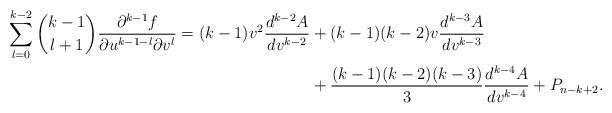
LaTeX: \begin{align*} \sum_{l=0}^{k-2}\binom{k-1}{l+1}\frac{\partial^{k-1}f}{\partial u^{k-1-l}\partial v^l}=(k-1)v^2\frac{d^{k-2}A}{dv^{k-2}}&+(k-1)(k-2)v\frac{d^{k-3}A}{dv^{k-3}}\\&+\frac{(k-1)(k-2)(k-3)}{3}\frac{d^{k-4}A}{dv^{k-4}}+P_{n-k+2}.\end{align*}